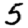
Digit: 5